Indian journal of veterinary science and animal husbandry - Volumes 18-21, 1948-1951
Year: 1948
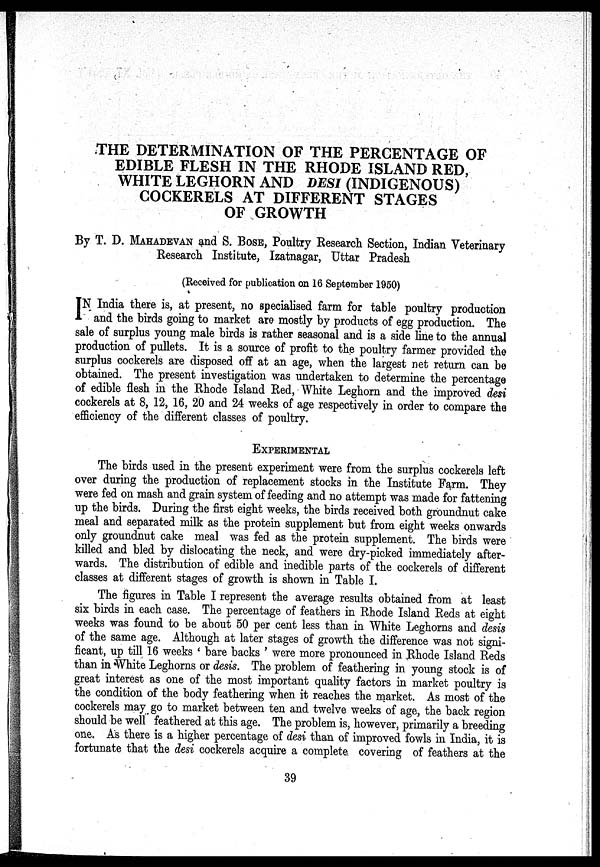
THE DETERMINATION OF THE PERCENTAGE OF
EDIBLE FLESH IN THE RHODE ISLAND RED,
WHITE LEGHORN AND DESI (INDIGENOUS)
COCKERELS AT DIFFERENT STAGES
OF GROWTH
By T. D. MAHADEVAN and S. BOSE, Poultry Research Section, Indian Veterinary
Research Institute, Izatnagar, Uttar Pradesh
(Received for publication on 16 September 1950)
I N India there is, at present, no specialised farm for table poultry production
and the birds going to market are mostly by products of egg production. The
sale of surplus young male birds is rather seasonal and is a side line to the annual
production of pullets. It is a source of profit to the poultry farmer provided the
surplus cockerels are disposed off at an age, when the largest net return can be
obtained. The present investigation was undertaken to determine the percentage
of edible flesh in the Rhode Island Red, White Leghorn and the improved desi
cockerels at 8, 12, 16, 20 and 24 weeks of age respectively in order to compare the
efficiency of the different classes of poultry.
EXPERIMENTAL
The birds used in the present experiment were from the surplus cockerels left
over during the production of replacement stocks in the Institute Farm. They
were fed on mash and grain system of feeding and no attempt was made for fattening
up the birds. During the first eight weeks, the birds received both groundnut cake
meal and separated milk as the protein supplement but from eight weeks onwards
only groundnut cake meal was fed as the protein supplement. The birds were
killed and bled by dislocating the neck, and were dry-picked immediately after-
wards. The distribution of edible and inedible parts of the cockerels of different
classes at different stages of growth is shown in Table I.
The figures in Table I represent the average results obtained from at least
six birds in each case. The percentage of feathers in Rhode Island Reds at eight
weeks was found to be about 50 per cent less than in White Leghorns and desis
of the same age. Although at later stages of growth the difference was not signi-
ficant, up till 16 weeks ' bare backs ' were more pronounced in Rhode Island Reds
than in White Leghorns or desis. The problem of feathering in young stock is of
great interest as one of the most important quality factors in market poultry is
the condition of the body feathering when it reaches the market. As most of the
cockerels may go to market between ten and twelve weeks of age, the back region
should be well feathered at this age. The problem is, however, primarily a breeding
one. As there is a higher percentage of desi than of improved fowls in India, it is
fortunate that the desi cockerels acquire a complete covering of feathers at the
39